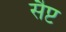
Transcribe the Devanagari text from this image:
सैप्ट